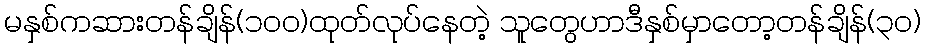
မနှစ်ကဆားတန်ချိန်(၁၀၀)ထုတ်လုပ်နေတဲ့ သူတွေဟာဒီနှစ်မှာတော့တန်ချိန်(၃၀)